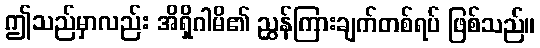
ဤသည်မှာလည်း အိရှိဂါမိ၏ ညွှန်ကြားချက်တစ်ရပ် ဖြစ်သည်။